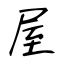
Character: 屋